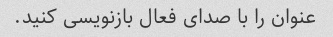
عنوان را با صدای فعال بازنویسی کنید.